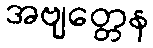
အဗျတ္တေန